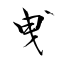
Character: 曵